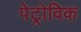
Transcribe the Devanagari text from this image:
पेट्रोविक